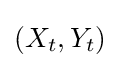
(X_{t},Y_{t})